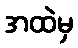
အထဲမှ